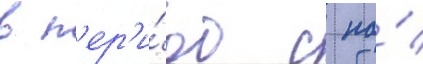
в п'ер'и́од с по́